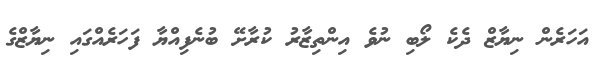
އަހަރެން ނިޔާޒް ދެކެ ލޯބި ނުވެ އިންތިޒާރު ކުރާށޭ ބުނެފިއްޔާ ފަހަރެއްގައި ނިޔާޒްގެ